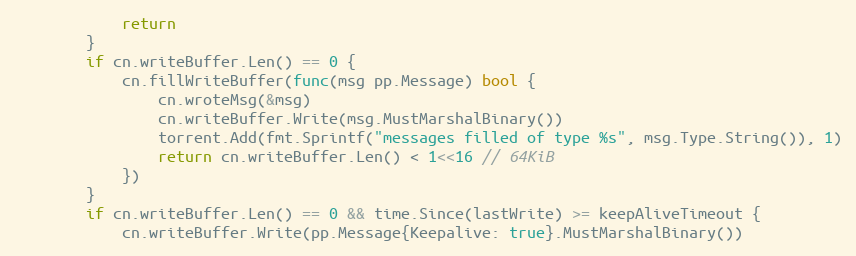
Language: Go
			return
		}
		if cn.writeBuffer.Len() == 0 {
			cn.fillWriteBuffer(func(msg pp.Message) bool {
				cn.wroteMsg(&msg)
				cn.writeBuffer.Write(msg.MustMarshalBinary())
				torrent.Add(fmt.Sprintf("messages filled of type %s", msg.Type.String()), 1)
				return cn.writeBuffer.Len() < 1<<16 // 64KiB
			})
		}
		if cn.writeBuffer.Len() == 0 && time.Since(lastWrite) >= keepAliveTimeout {
			cn.writeBuffer.Write(pp.Message{Keepalive: true}.MustMarshalBinary())